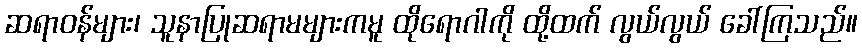
ဆရာဝန်များ၊ သူနာပြုဆရာမများကမူ ထိုရောဂါကို ထို့ထက် လွယ်လွယ် ခေါ်ကြသည်။